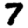
Digit: 7